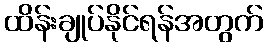
ထိန်းချုပ်နိုင်ရန်အတွက်